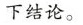
下结论。